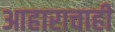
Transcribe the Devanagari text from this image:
आहाराचाही